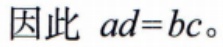
因此 \(ad = bc\)。